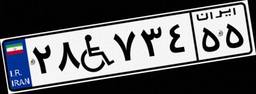
۲۸W۷۳۴۵۵